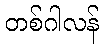
တစ်ဂါလန်